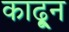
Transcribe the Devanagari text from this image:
काढू्न